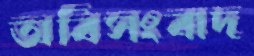
অবিসংবাদ